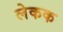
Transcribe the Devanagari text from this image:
लेकक